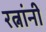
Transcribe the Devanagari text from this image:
रत्नांनी